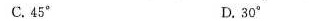
C.45° D.30°